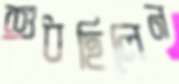
শুধছিলেন